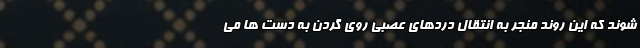
شوند که این روند منجر به انتقال دردهای عصبی روی گردن به دست ها می